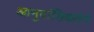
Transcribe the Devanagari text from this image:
आनुवांशिकतेने